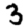
Digit: 3